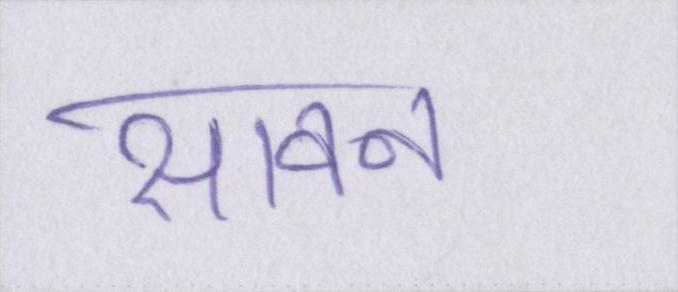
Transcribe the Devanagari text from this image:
सावन